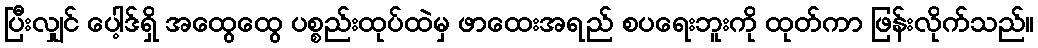
ပြီးလျှင် ပေါ့ဒ်ရှိ အထွေထွေ ပစ္စည်းထုပ်ထဲမှ ဖာထေးအရည် စပရေးဘူးကို ထုတ်ကာ ဖြန်းလိုက်သည်။